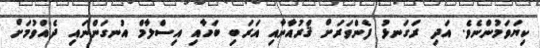
ކިޔަވަމުންނެވެ. އަދި ރަގަނޅު ފެންވަރަށް ޤްރުއާނާއި އަރަބި ބަހާއި އިސްލާމް އުނގަންނައި ދެއްވުމަށް